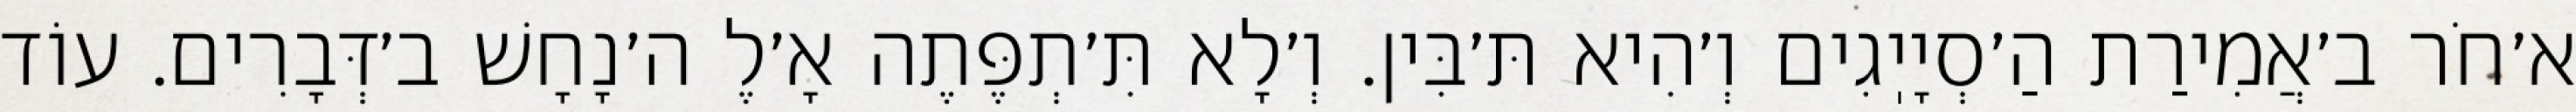
א׳חֹר ב׳אֲמִירַת הַ׳סְיָיֽגִים וְ׳הִיא תּ׳בִּין. וְ׳לָא תִּ׳תְפֶּתֶה אָ׳לֶ ה׳נָחָשׁ ב׳דְּבָרִים. עוֹד